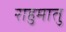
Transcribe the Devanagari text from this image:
राहुमातु